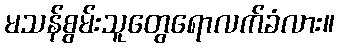
မသန်စွမ်းသူတွေရောလက်ခံလား။